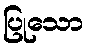
ပြုသော